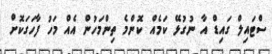
ސްޓައިލް ގައިޑް އާ ނުގުޅޭ ކަމެއް ކޮންމެ ތިންމަހުން އެއް މަހު ފާހަގަކޮށް